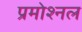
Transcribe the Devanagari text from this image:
प्रमोश्नल